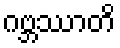
ဂဗ္ဘဿာတိ